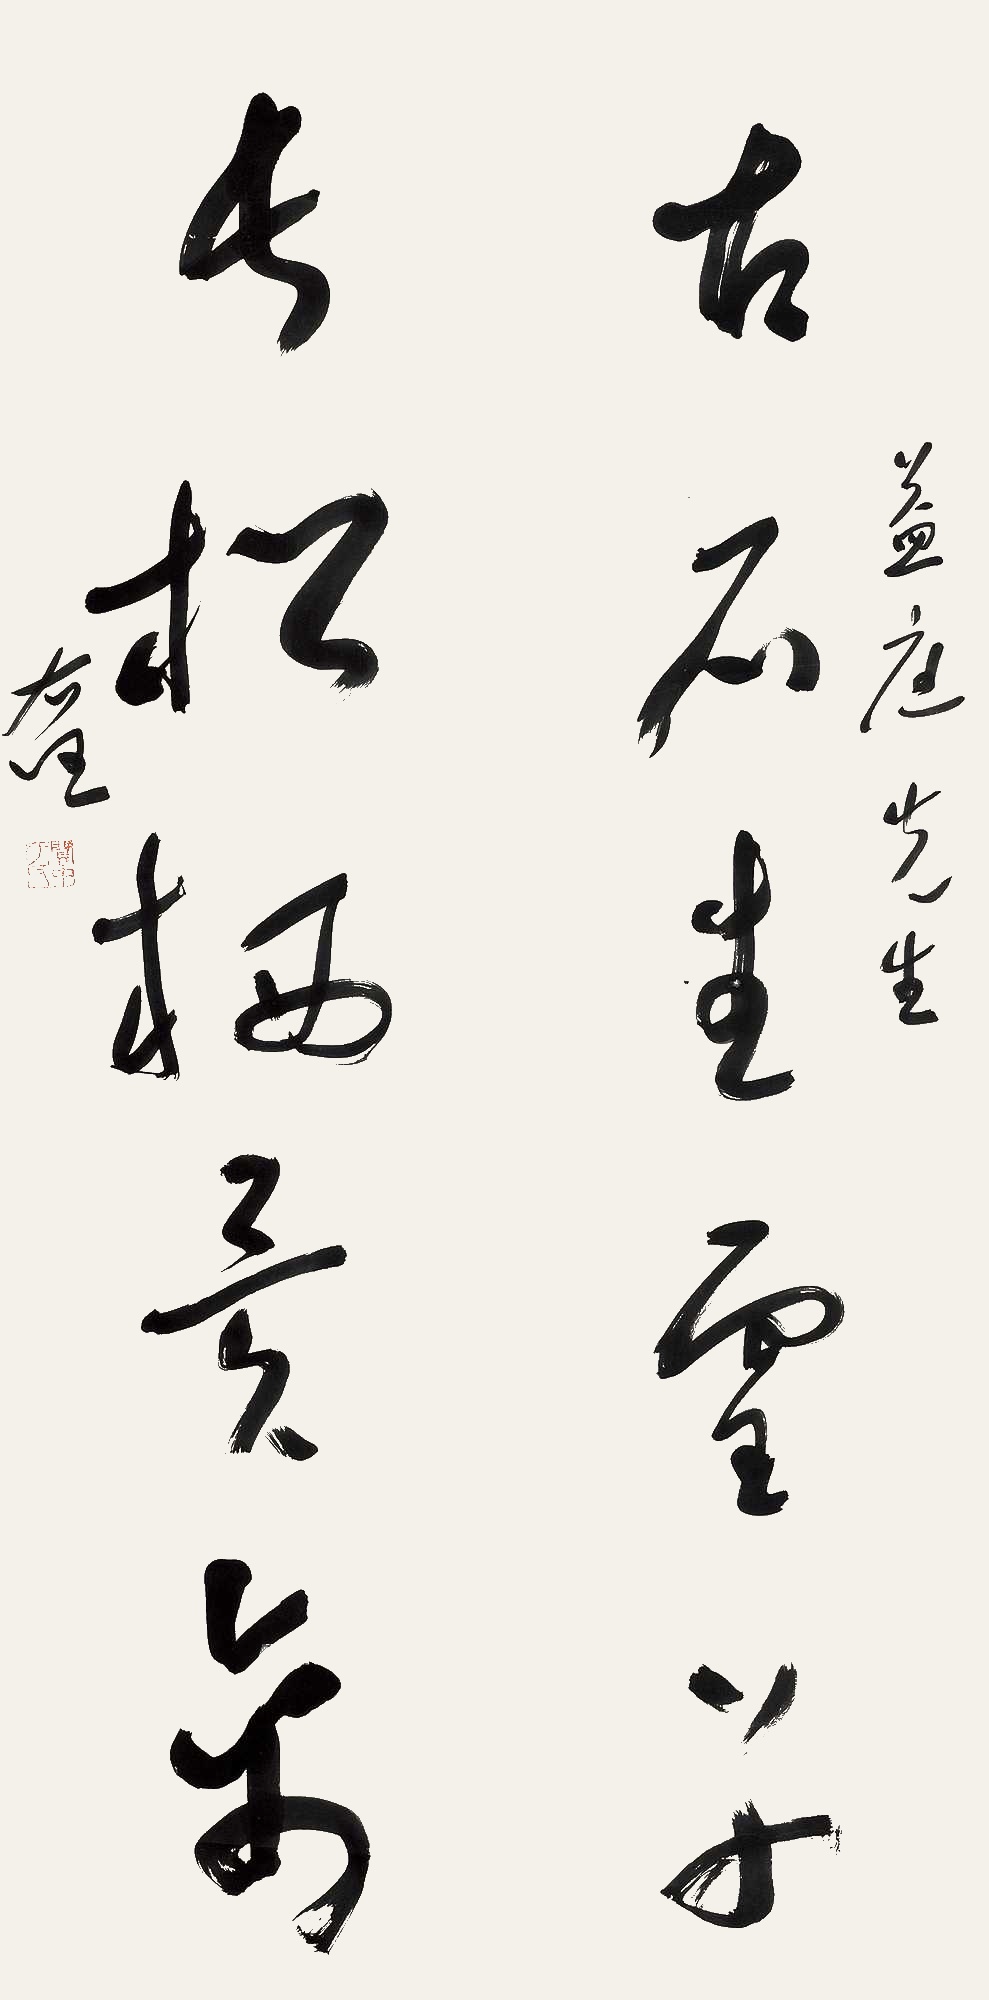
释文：古石生灵草，长松栖异禽。益庭先生，右任。